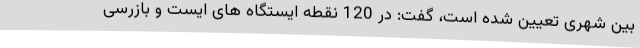
بین شهری تعیین شده است، گفت: در 120 نقطه ایستگاه های ایست و بازرسی